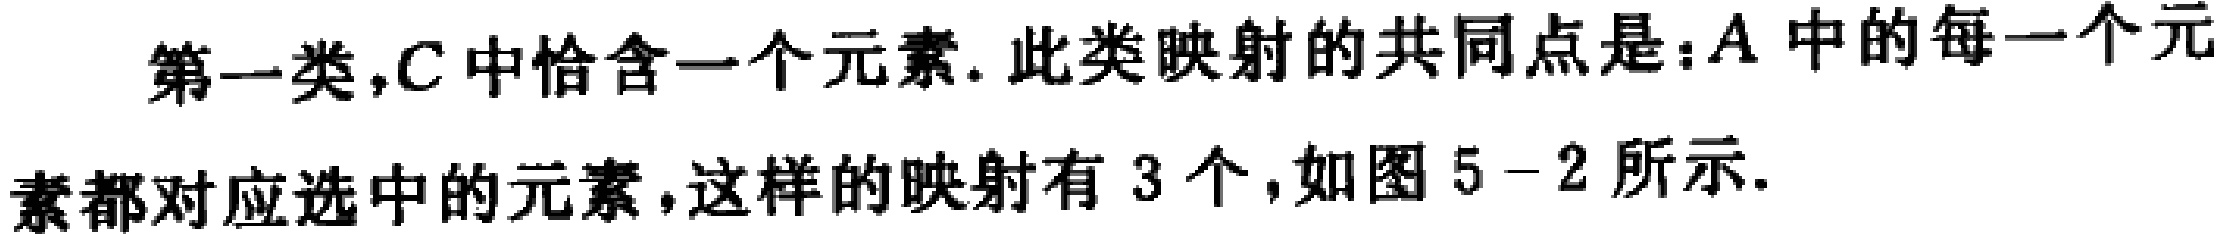
第一类，$C$中恰含一个元素. 此类映射的共同点是：$A$中的每一个元素都对应选中的元素，这样的映射有$3$个，如图$5 - 2$所示.